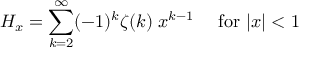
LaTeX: H _ { x } = \sum _ { k = 2 } ^ { \infty } ( - 1 ) ^ { k } \zeta ( k ) \; x ^ { k - 1 } \quad { \mathrm { ~ f o r ~ } } | x | < 1